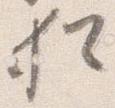
猶